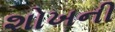
શોખની